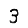
Digit: 3